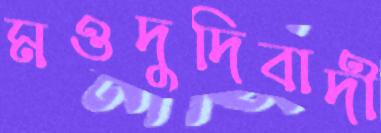
মওদুদিবাদী